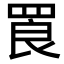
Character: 䍚